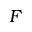
F